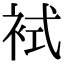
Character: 𧙢